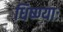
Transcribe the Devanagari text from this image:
धिष्ण्याः